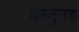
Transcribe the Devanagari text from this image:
वस्तुतह्